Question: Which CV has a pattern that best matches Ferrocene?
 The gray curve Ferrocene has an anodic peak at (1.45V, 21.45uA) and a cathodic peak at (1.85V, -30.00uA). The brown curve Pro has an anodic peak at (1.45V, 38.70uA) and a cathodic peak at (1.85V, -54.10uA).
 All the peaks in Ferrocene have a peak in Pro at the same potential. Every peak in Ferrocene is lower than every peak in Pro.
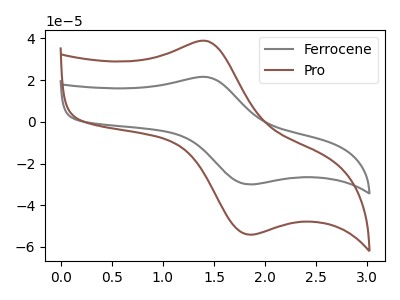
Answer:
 <answer>The CV with the most similar shape to "Pro" is "Ferrocene".</answer>
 <eval>"Ferrocene"</eval>